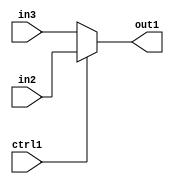
`timescale 1ps / 1ps
/*****************************************************************************
    Verilog RTL Description
    
    
    Created by: Stratus DpOpt 2019.1.01 
*******************************************************************************/

module st_weight_addr_gen_N_Mux_16_2_17_4_5 (
	in3,
	in2,
	ctrl1,
	out1
	); /* architecture "behavioural" */ 
input [15:0] in3,
	in2;
input  ctrl1;
output [15:0] out1;
wire [15:0] asc001;

reg [15:0] asc001_tmp_0;
assign asc001 = asc001_tmp_0;
always @ (ctrl1 or in2 or in3) begin
	case (ctrl1)
		1'B1 : asc001_tmp_0 = in2 ;
		default : asc001_tmp_0 = in3 ;
	endcase
end

assign out1 = asc001;
endmodule

/* CADENCE  uLf5TAo= : u9/ySgnWtBlWxVPRXgAZ4Og= ** DO NOT EDIT THIS LINE ******/